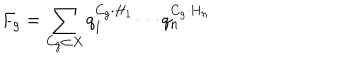
LaTeX: F _ { g } = \sum _ { C _ { g } \subset X } q _ { 1 } ^ { C _ { g } \cdot H _ { 1 } } \cdots q _ { n } ^ { C _ { g } \cdot H _ { n } }